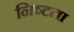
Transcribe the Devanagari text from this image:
निष्टता